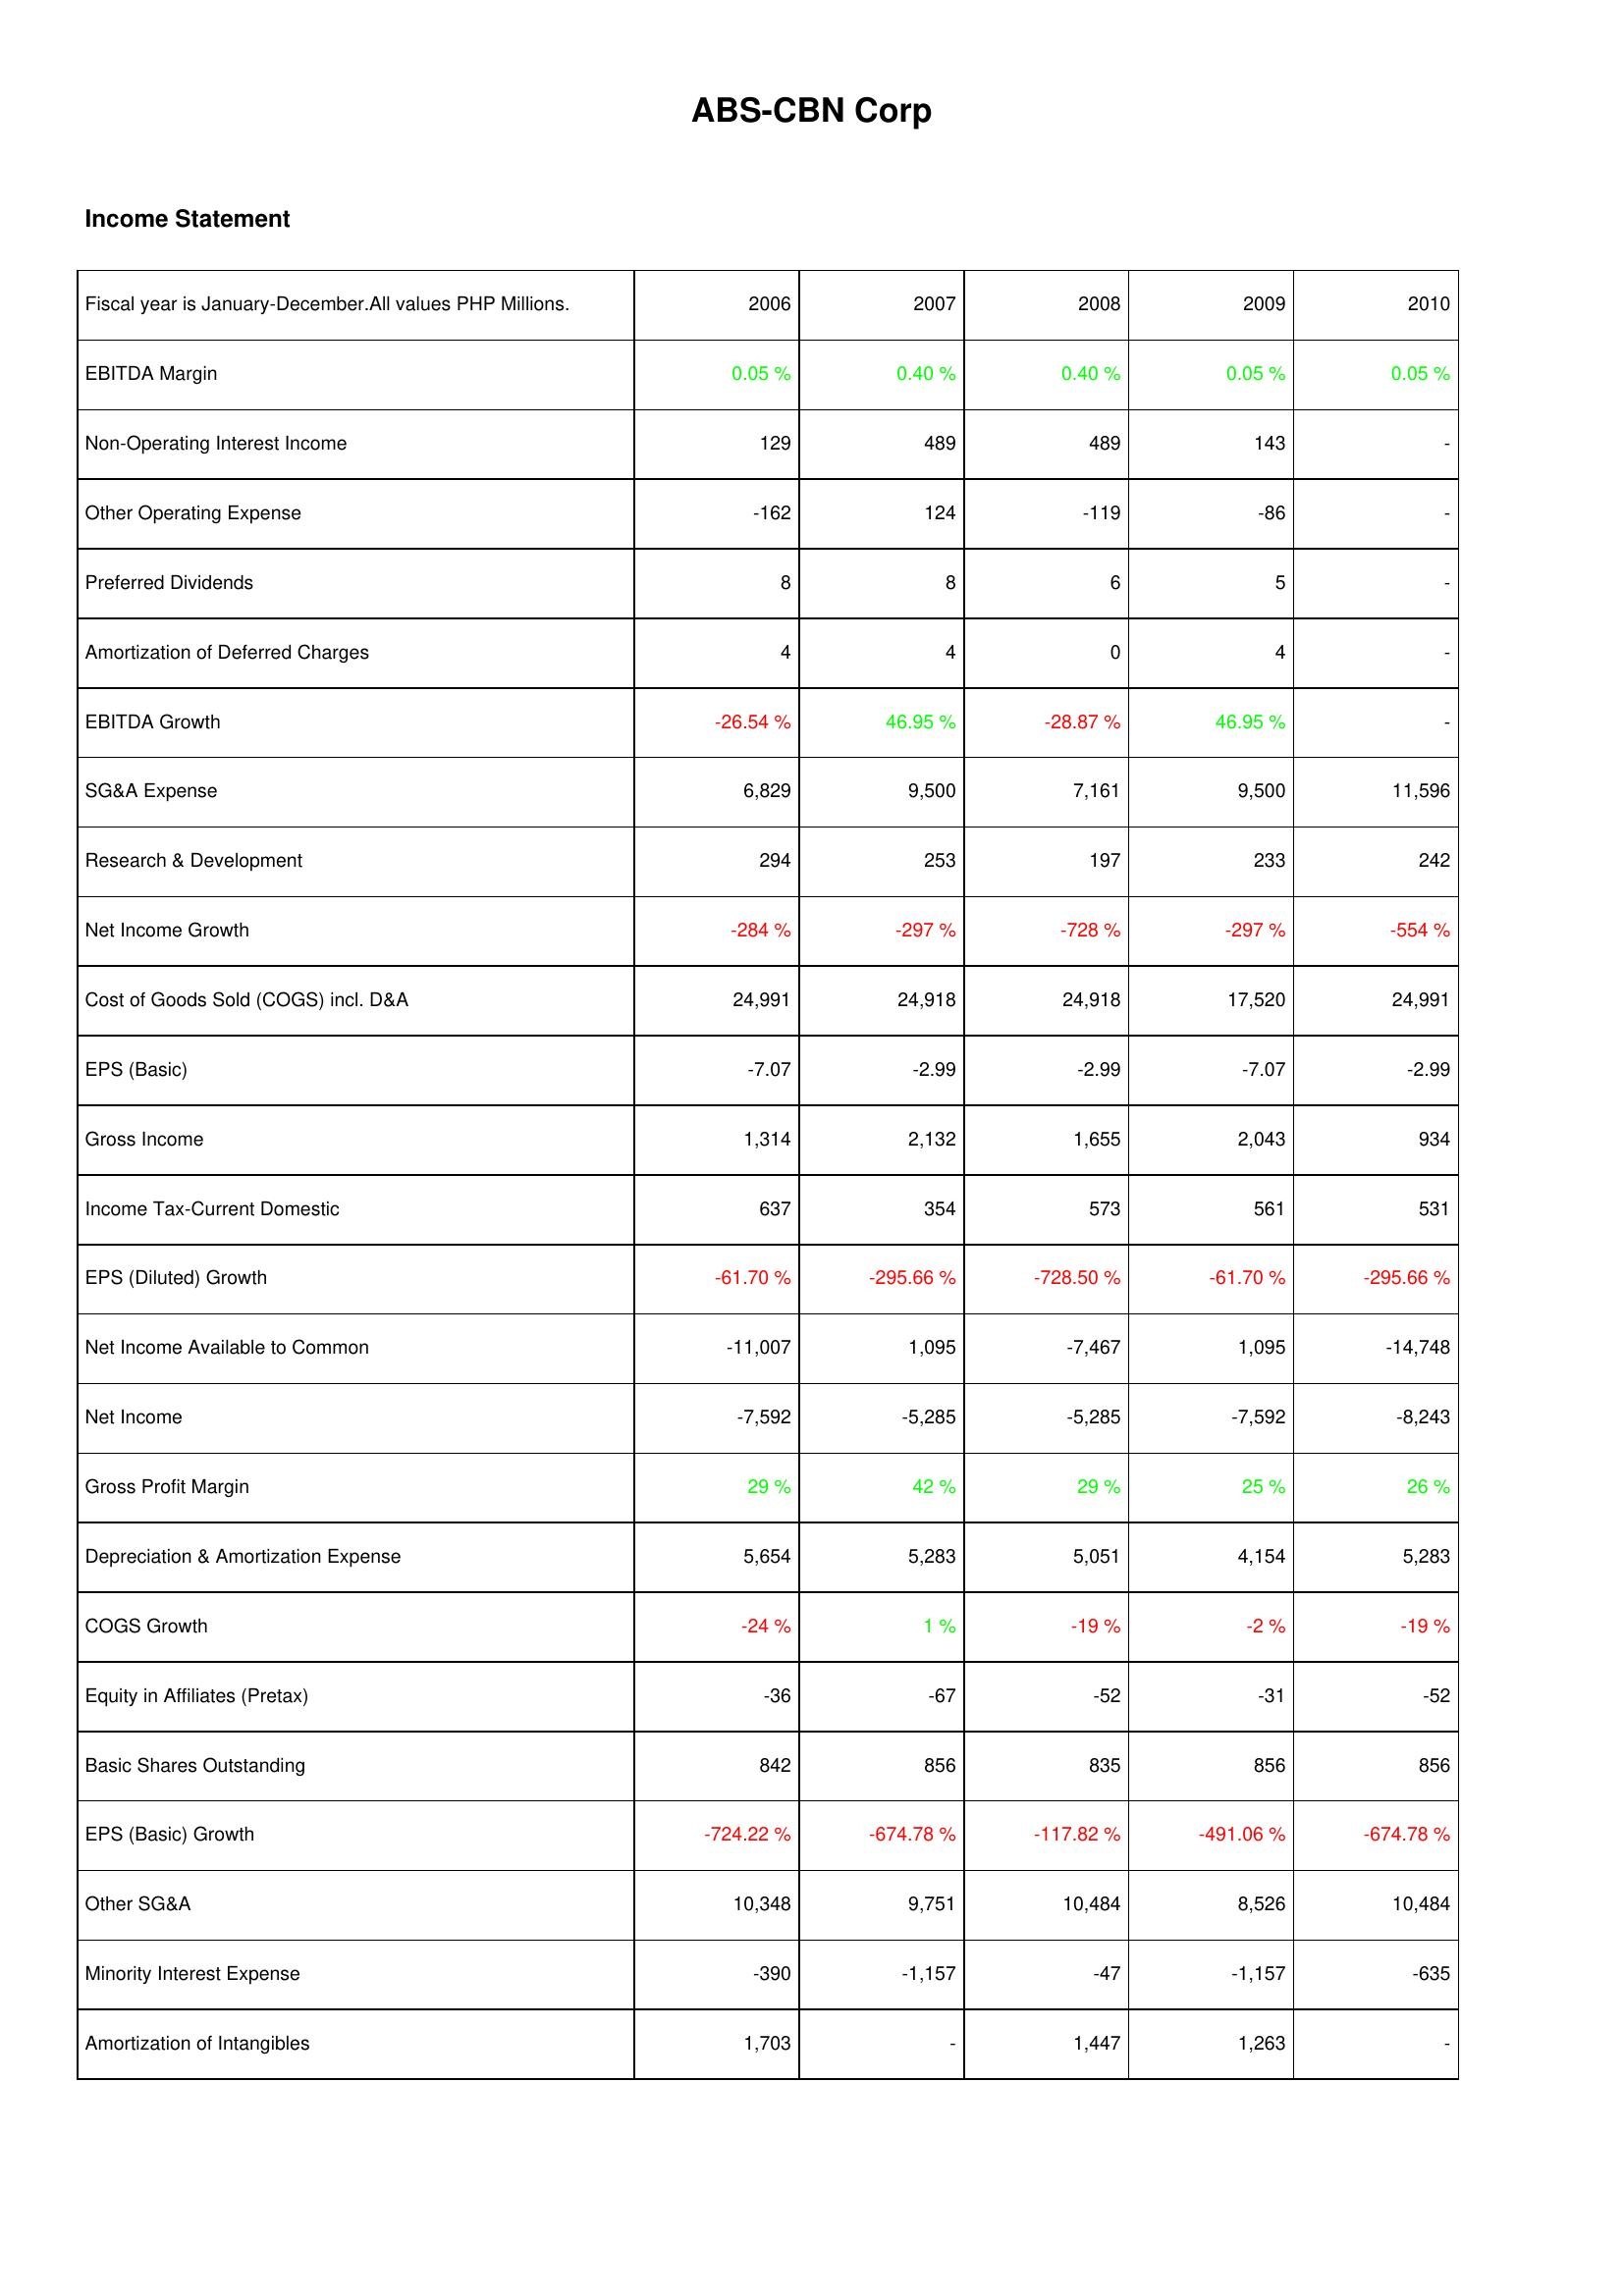
2006: Income Statement: EBITDA Margin: 0.05 %
Non-Operating Interest Income: 129
Other Operating Expense: -162
Preferred Dividends: 8
Amortization of Deferred Charges: 4
EBITDA Growth: -26.54 %
SG&A Expense: 6,829
Research & Development: 294
Net Income Growth: -284 %
Cost of Goods Sold (COGS) incl. D&A: 24,991
EPS (Basic): -7.07
Gross Income: 1,314
Income Tax-Current Domestic: 637
EPS (Diluted) Growth: -61.70 %
Net Income Available to Common: -11,007
Net Income: -7,592
Gross Profit Margin: 29 %
Depreciation & Amortization Expense: 5,654
COGS Growth: -24 %
Equity in Affiliates (Pretax): -36
Basic Shares Outstanding: 842
EPS (Basic) Growth: -724.22 %
Other SG&A: 10,348
Minority Interest Expense: -390
Amortization of Intangibles: 1,703
2007: Income Statement: EBITDA Margin: 0.40 %
Non-Operating Interest Income: 489
Other Operating Expense: 124
Preferred Dividends: 8
Amortization of Deferred Charges: 4
EBITDA Growth: 46.95 %
SG&A Expense: 9,500
Research & Development: 253
Net Income Growth: -297 %
Cost of Goods Sold (COGS) incl. D&A: 24,918
EPS (Basic): -2.99
Gross Income: 2,132
Income Tax-Current Domestic: 354
EPS (Diluted) Growth: -295.66 %
Net Income Available to Common: 1,095
Net Income: -5,285
Gross Profit Margin: 42 %
Depreciation & Amortization Expense: 5,283
COGS Growth: 1 %
Equity in Affiliates (Pretax): -67
Basic Shares Outstanding: 856
EPS (Basic) Growth: -674.78 %
Other SG&A: 9,751
Minority Interest Expense: -1,157
Amortization of Intangibles: -
2008: Income Statement: EBITDA Margin: 0.40 %
Non-Operating Interest Income: 489
Other Operating Expense: -119
Preferred Dividends: 6
Amortization of Deferred Charges: 0
EBITDA Growth: -28.87 %
SG&A Expense: 7,161
Research & Development: 197
Net Income Growth: -728 %
Cost of Goods Sold (COGS) incl. D&A: 24,918
EPS (Basic): -2.99
Gross Income: 1,655
Income Tax-Current Domestic: 573
EPS (Diluted) Growth: -728.50 %
Net Income Available to Common: -7,467
Net Income: -5,285
Gross Profit Margin: 29 %
Depreciation & Amortization Expense: 5,051
COGS Growth: -19 %
Equity in Affiliates (Pretax): -52
Basic Shares Outstanding: 835
EPS (Basic) Growth: -117.82 %
Other SG&A: 10,484
Minority Interest Expense: -47
Amortization of Intangibles: 1,447
2009: Income Statement: EBITDA Margin: 0.05 %
Non-Operating Interest Income: 143
Other Operating Expense: -86
Preferred Dividends: 5
Amortization of Deferred Charges: 4
EBITDA Growth: 46.95 %
SG&A Expense: 9,500
Research & Development: 233
Net Income Growth: -297 %
Cost of Goods Sold (COGS) incl. D&A: 17,520
EPS (Basic): -7.07
Gross Income: 2,043
Income Tax-Current Domestic: 561
EPS (Diluted) Growth: -61.70 %
Net Income Available to Common: 1,095
Net Income: -7,592
Gross Profit Margin: 25 %
Depreciation & Amortization Expense: 4,154
COGS Growth: -2 %
Equity in Affiliates (Pretax): -31
Basic Shares Outstanding: 856
EPS (Basic) Growth: -491.06 %
Other SG&A: 8,526
Minority Interest Expense: -1,157
Amortization of Intangibles: 1,263
2010: Income Statement: EBITDA Margin: 0.05 %
Non-Operating Interest Income: -
Other Operating Expense: -
Preferred Dividends: -
Amortization of Deferred Charges: -
EBITDA Growth: -
SG&A Expense: 11,596
Research & Development: 242
Net Income Growth: -554 %
Cost of Goods Sold (COGS) incl. D&A: 24,991
EPS (Basic): -2.99
Gross Income: 934
Income Tax-Current Domestic: 531
EPS (Diluted) Growth: -295.66 %
Net Income Available to Common: -14,748
Net Income: -8,243
Gross Profit Margin: 26 %
Depreciation & Amortization Expense: 5,283
COGS Growth: -19 %
Equity in Affiliates (Pretax): -52
Basic Shares Outstanding: 856
EPS (Basic) Growth: -674.78 %
Other SG&A: 10,484
Minority Interest Expense: -635
Amortization of Intangibles: -